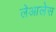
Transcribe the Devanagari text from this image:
लेआलेस